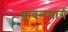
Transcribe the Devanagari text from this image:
धावनमार्ग